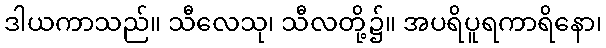
ဒါယကာသည်။ သီလေသု၊ သီလတို့၌။ အပရိပူရကာရိနော၊